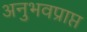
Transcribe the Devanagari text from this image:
अनुभवप्राप्त